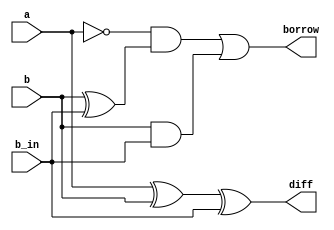
module sub_1bit(input a,b,b_in,output diff, output borrow);
assign diff = a^b^b_in;
assign borrow = ~a & (b^b_in) | b & b_in;
endmodule